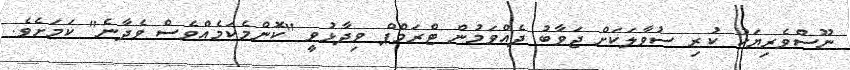
ނޫސްވެރިޔަކު ކުރި ސުވާލަކަށް ޖަވާބު ދެއްވަމުން ޓްރަމްޕް ވިދާޅުވީ "ކޮންމެކަމެއްވެސް ވެދާނެ" ކަމަށެވެ.